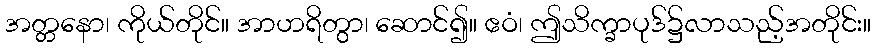
အတ္တနော၊ ကိုယ်တိုင်။ အာဟရိတွာ၊ ဆောင်၍။ ဧဝံ၊ ဤသိက္ခာပုဒ်၌လာသည့်အတိုင်း။